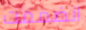
انضممت